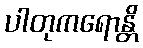
ပါတုကရောန္တိ